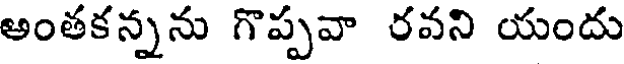
అంతకన్నను గొప్పవా రవని యందు